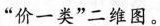
“价一类”二维图。